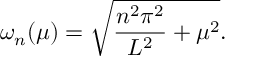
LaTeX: \omega _ { n } ( \mu ) = \sqrt { \frac { n ^ { 2 } \pi ^ { 2 } } { L ^ { 2 } } + \mu ^ { 2 } } .